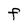
Character: F